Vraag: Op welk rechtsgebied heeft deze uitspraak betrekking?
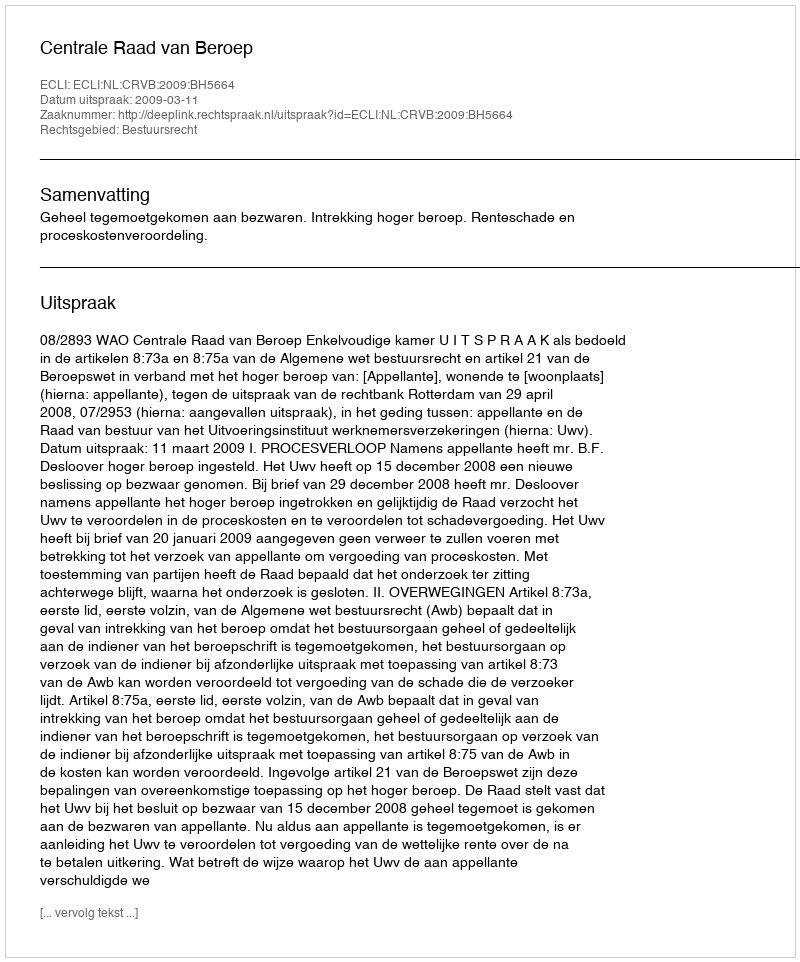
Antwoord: Bestuursrecht